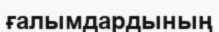
ғалымдардының